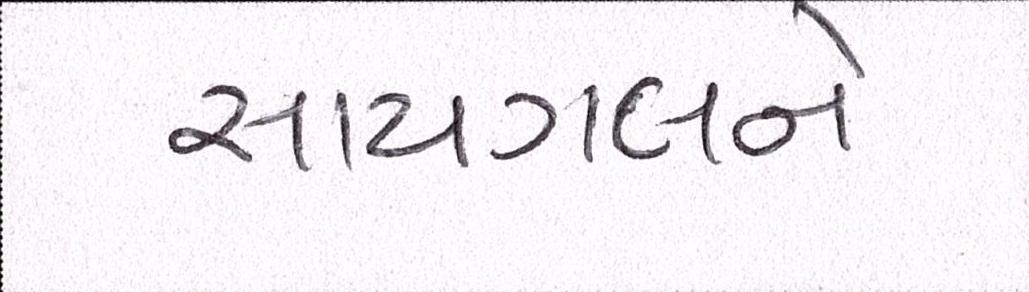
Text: સાયગલને